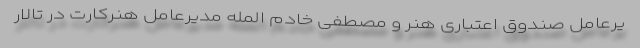
یرعامل صندوق اعتباری هنر و مصطفی خادم المله مدیرعامل هنرکارت در تالار